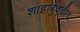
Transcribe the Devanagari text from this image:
शाहाबुद्दीन